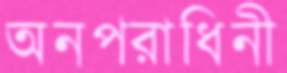
অনপরাধিনী